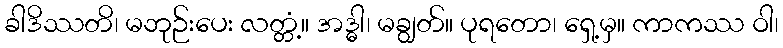
ခါဒိဿတိ၊ မဘုဉ်းပေး လတ္တံ့။ အဒ္ဓါ၊ မချွတ်။ ပုရတော၊ ရှေ့မှ။ ကာကဿ ဝါ၊